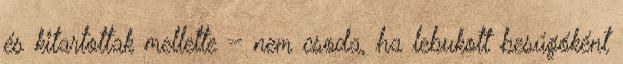
és kitartottak mellette – nem csoda, ha lebukott besúgóként